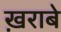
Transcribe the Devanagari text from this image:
ख़राबे